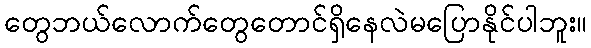
တွေဘယ်လောက်တွေတောင်ရှိနေလဲမပြောနိုင်ပါဘူး။